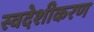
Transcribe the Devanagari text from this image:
स्वदेशीकरण